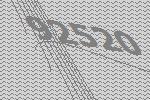
92520